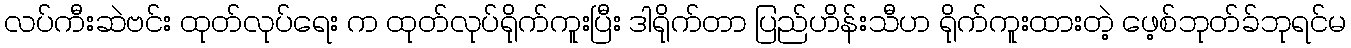
လပ်ကီးဆဲဗင်း ထုတ်လုပ်ရေး က ထုတ်လုပ်ရိုက်ကူးပြီး ဒါရိုက်တာ ပြည်ဟိန်းသီဟ ရိုက်ကူးထားတဲ့ ဖေ့စ်ဘုတ်ခ်ဘုရင်မ